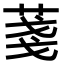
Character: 菚